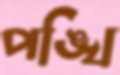
পঙ্খি